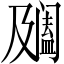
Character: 𨸍